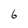
Character: 6